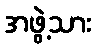
အဖွဲ့သား